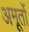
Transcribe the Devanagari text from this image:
अमूर्तो